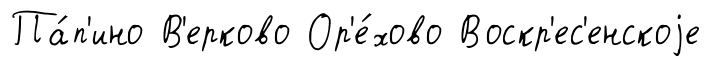
Па́п'ино В'ерково Ор'е́хово Воскр'ес'енскоjе